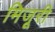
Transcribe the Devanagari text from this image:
मिजूरी